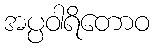
အပ္ပဝါရိတောဝ